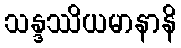
သန္ဒဿိယမာနာနိ